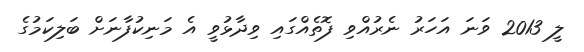
ލީ 2013 ވަނަ އަހަރު ނެރުއްވި ފޮތެއްގައި ވިދާޅުވީ އެ މަނިކުފާނަށް ބަލިކަމުގެ